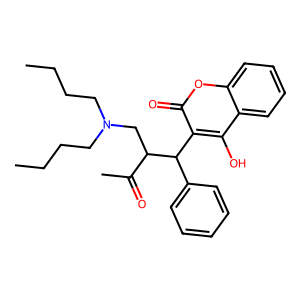
SMILES: CCCCN(CCCC)CC(C(C)=O)C(c1ccccc1)c1c(O)c2ccccc2oc1=O
Inhibits HIV replication: No